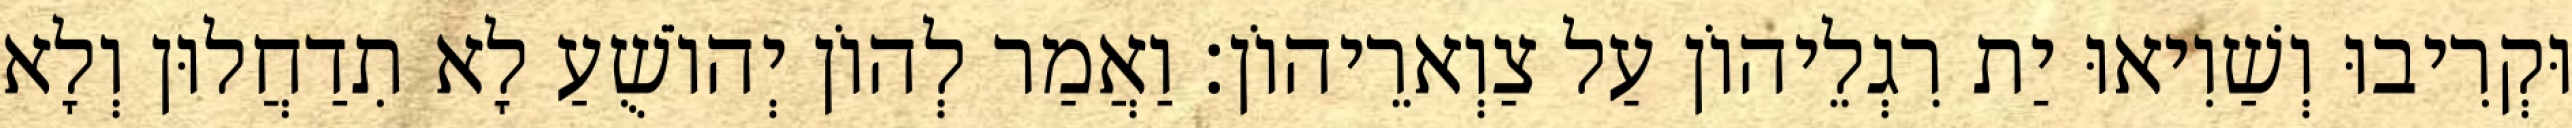
וּקְרִיבוּ וְשַׁוִיאוּ יַת רִגְלֵיהוֹן עַל צַוְארֵיהוֹן׃ וַאֲמַר לְהוֹן יְהוֹשֻׁעַ לָא תִדַחֲלוּן וְלָא